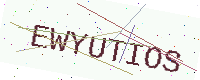
Text: EWYUTIOS